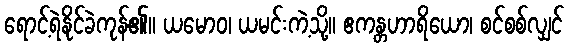
ရောင့်ရဲနိုင်ခဲကုန်၏။ ယမောဝ၊ ယမင်းကဲ့သို့။ ဧကန္တဟာရိယော၊ စင်စစ်လျှင်